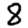
Digit: 8